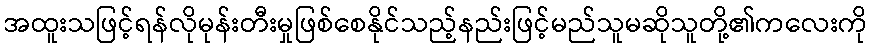
အထူးသဖြင့်ရန်လိုမုန်းတီးမှုဖြစ်စေနိုင်သည့်နည်းဖြင့်မည်သူမဆိုသူတို့၏ကလေးကို